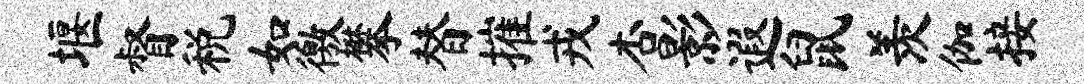
堰督税如徼攀替摧戎杏影遐鼠羡伽接